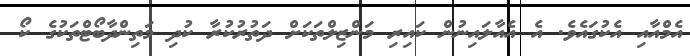
އެމްއާއި އެކުގައެވެ. އެ އެއާލައިނުން ކައިރި މަންޒިލްތަކަށް ދަތުރުކުރާ ކުދި މަތިންދާބޯޓްތަކުގެ ކޯ